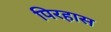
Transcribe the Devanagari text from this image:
पिरहास